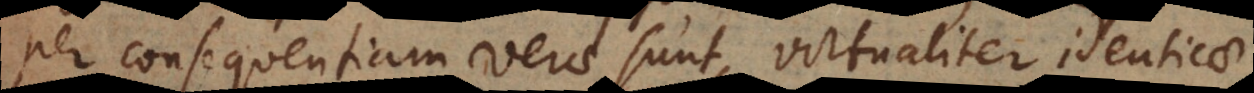
per consequentiam verae sunt, virtualiter identicae,